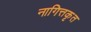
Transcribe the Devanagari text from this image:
नागित्तकृत